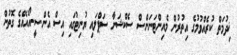
ޚިދުމަތް ކުރެއްވުމުގެ އިތުރުން މެއިންޓަނަންސް ސެކްޝަނާ ސަޕްލައި ޔުނިޓުގައި އިސް އެން.ސީ.އޯއެއްގެ ގޮތުން